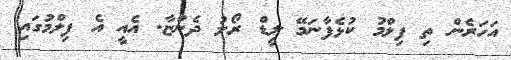
އަހަރެން ތި ފިލްމު ކުޅެފާނަމޭ ލީޑް ރޯލު ދެންޏާ. އެއީ އެ ފިލްމުގައި